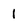
Character: 1